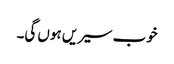
خوب سیریں ہوں گی۔